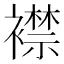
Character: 襟